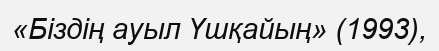
«Біздің ауыл Үшқайың» (1993),